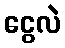
ငွေလဲ